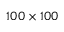
1 0 0 \times 1 0 0